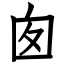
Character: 囱